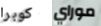
كوبرا موراي